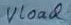
Text: Vload